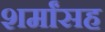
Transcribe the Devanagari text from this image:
शर्मांसह